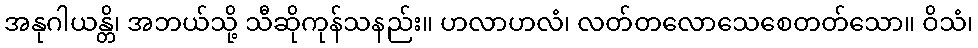
အနုဂါယန္တိ၊ အဘယ်သို့ သီဆိုကုန်သနည်း။ ဟလာဟလံ၊ လတ်တလောသေစေတတ်သော။ ဝိသံ၊